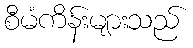
စီမံကိန်းများသည်